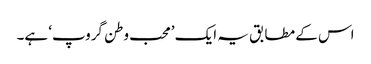
اس کے مطابق یہ ایک ’محب وطن گروپ‘ ہے۔